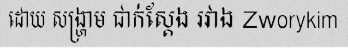
ដោយ សង្ហ្រាម ជាក់ស្តែង រវាង Zworykim